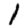
Digit: 1